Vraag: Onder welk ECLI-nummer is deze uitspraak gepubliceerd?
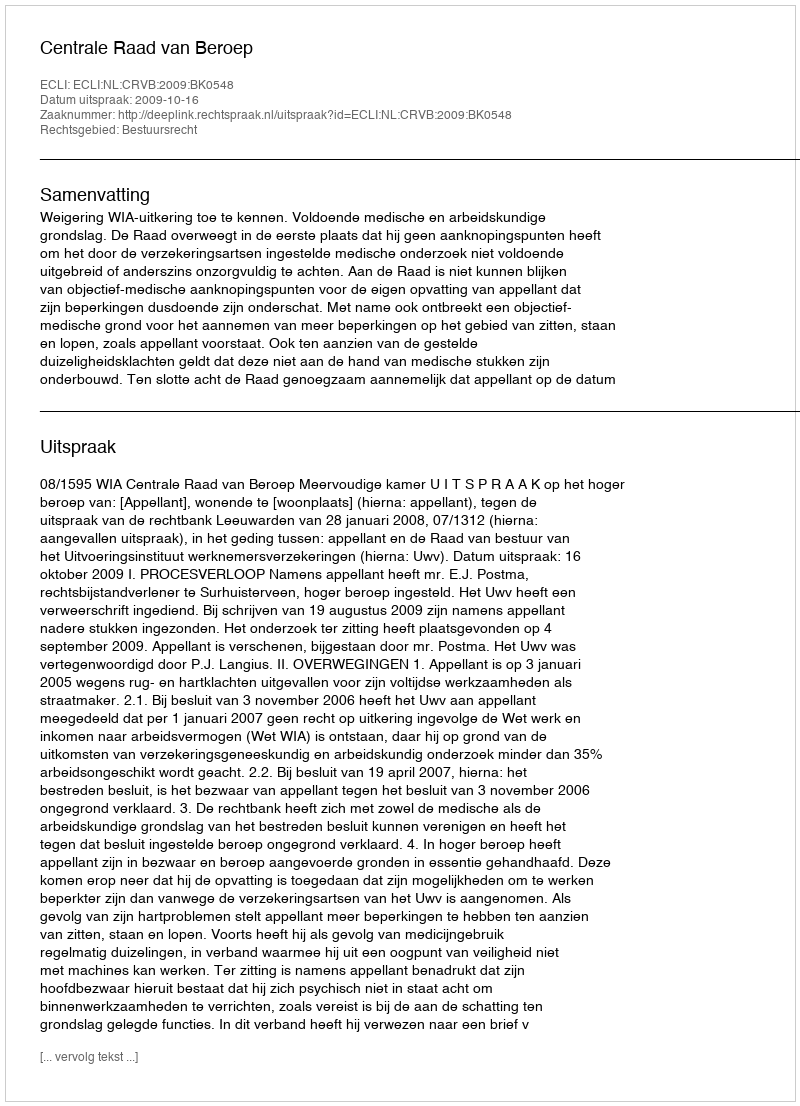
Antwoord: ECLI:NL:CRVB:2009:BK0548